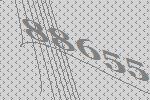
88655